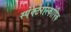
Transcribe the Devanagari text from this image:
स्पेक्टेरोस्कोपिक